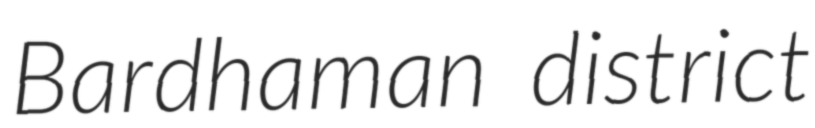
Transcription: Bardhaman district